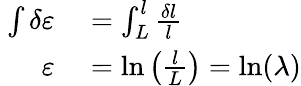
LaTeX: \ {\begin{array}{rl}{\int\delta\varepsilon}&{{}=\int_{L}^{l}{\frac{\delta l}{l}}}\\ {\varepsilon}&{{}=\ln\left({\frac{l}{L}}\right)=\ln(\lambda)}\end{array}}